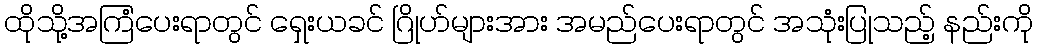
ထိုသို့အကြံပေးရာတွင် ရှေးယခင် ဂြိုဟ်များအား အမည်ပေးရာတွင် အသုံးပြုသည့် နည်းကို